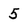
Character: 5